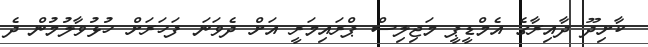
ކާށިދޫ ދާއިރާގެ އެމްޑީޕީ މަޖިލިސް ޕްރައިމަރީ އަށް ދެވަނަ ފަހަރަށް ހުޅުވާލުމުން ދެ